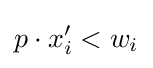
p\cdot x'_{i}<w_{i}